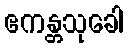
ဧကန္တသုခေါ